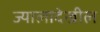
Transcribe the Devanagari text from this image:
ज्यालादेखील